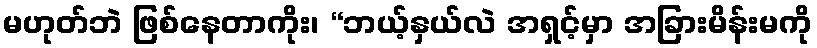
မဟုတ်ဘဲ ဖြစ်နေတာကိုး၊ “ဘယ့်နှယ်လဲ အရှင့်မှာ အခြားမိန်းမကို